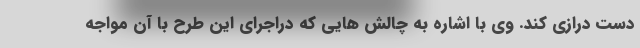
دست درازی کند. وی با اشاره به چالش هایی که دراجرای این طرح با آن مواجه